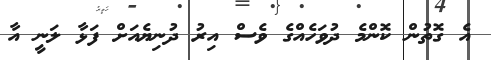
އެ ގޮތުން ކޮންމެ ދުވަހެއްގެ ވެސް އިރު ދުނިޔެއަށް ފަޅާ ލަނީ އާ